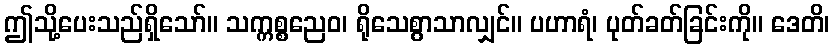
ဤသို့ပေးသည်ရှိသော်။ သက္ကစ္စညေဝ၊ ရိုသေစွာသာလျှင်။ ပဟာရံ၊ ပုတ်ခတ်ခြင်းကို။ ဒေတိ၊